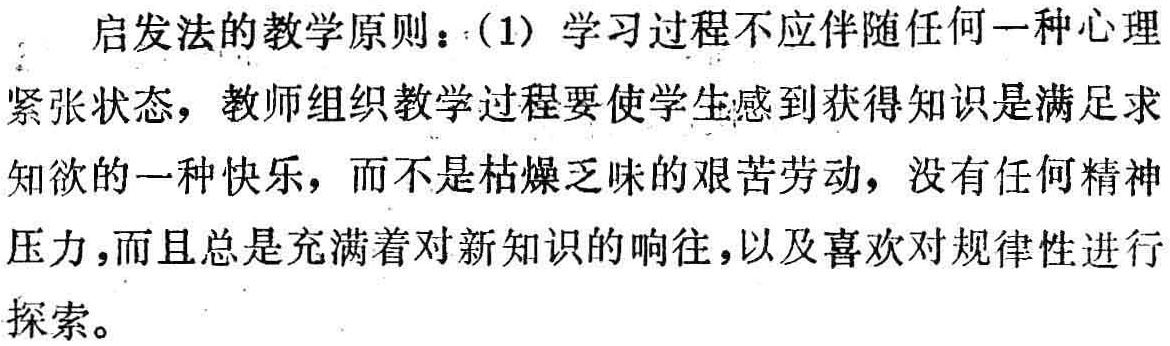
启发法的教学原则：(1) 学习过程不应伴随任何一种心理紧张状态，教师组织教学过程要使学生感到获得知识是满足求知欲的一种快乐，而不是枯燥乏味的艰苦劳动，没有任何精神压力，而且总是充满着对新知识的响往，以及喜欢对规律性进行探索。